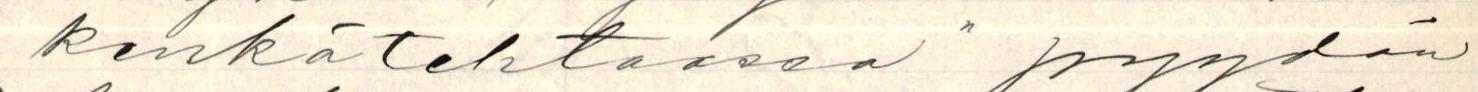
kenkätehtaassa" pyydän